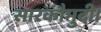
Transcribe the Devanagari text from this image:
सारकौमुदी।